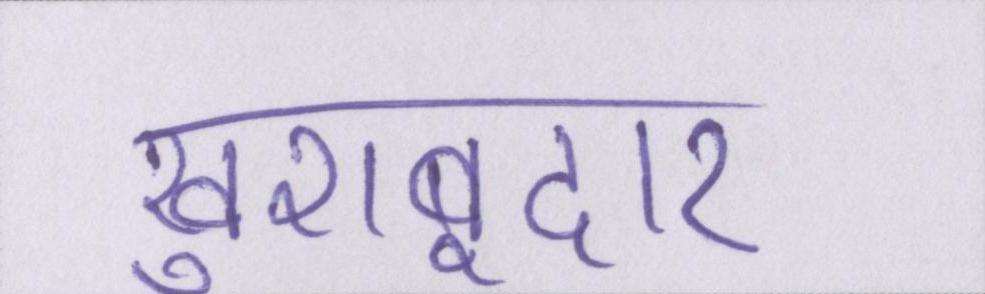
खुशबूदार